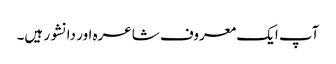
آپ ایک معروف شاعرہ اور دانشور ہیں۔